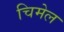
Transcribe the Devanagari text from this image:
चिमेल